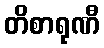
တိစာရုဏီ